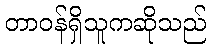
တာဝန်ရှိသူကဆိုသည်